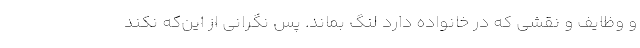
و وظایف و نقشی که در خانواده دارد لنگ بماند. پس نگرانی از این‌که نکند